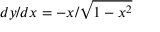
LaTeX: d y / d x = - x / { \sqrt { 1 - x ^ { 2 } } }